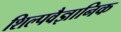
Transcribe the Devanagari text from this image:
शिल्पवैज्ञानिक